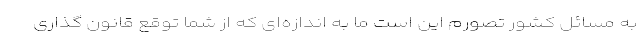
به مسائل کشور تصورم این است ما به اندازه‌ای که از شما توقع قانون گذاری